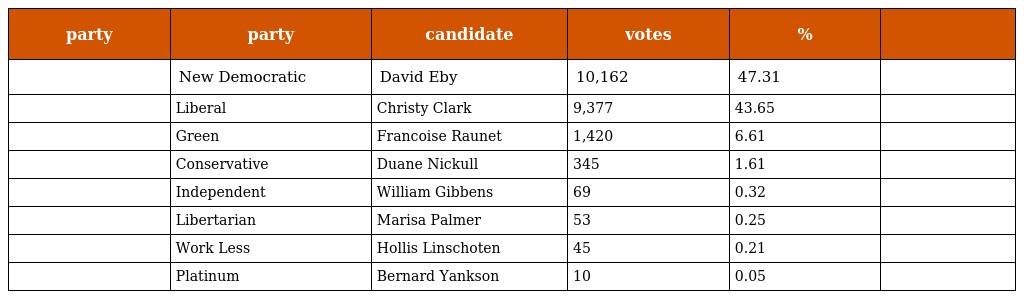
| party | party | candidate | votes | % |  |
 | --- | --- | --- | --- | --- | --- |
 |  | New Democratic | David Eby | 10,162 | 47.31 |  |
 |  | Liberal | Christy Clark | 9,377 | 43.65 |  |
 |  | Green | Francoise Raunet | 1,420 | 6.61 |  |
 |  | Conservative | Duane Nickull | 345 | 1.61 |  |
 |  | Independent | William Gibbens | 69 | 0.32 |  |
 |  | Libertarian | Marisa Palmer | 53 | 0.25 |  |
 |  | Work Less | Hollis Linschoten | 45 | 0.21 |  |
 |  | Platinum | Bernard Yankson | 10 | 0.05 |  |